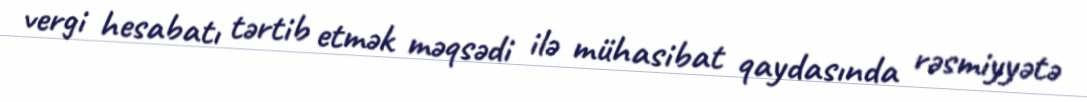
vergi hesabatı tərtib etmək məqsədi ilə mühasibat qaydasında rəsmiyyətə